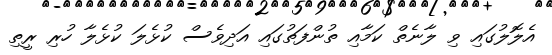
އެލޮލުގައި ވި ލާނެތް ކަމާއި ތުންފަތުގައި އަދިވެސް ކުޅެލަ ކުޅެލާ ހުރި ރީތި